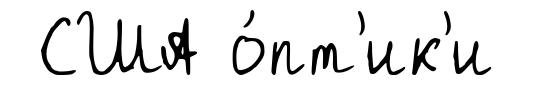
США о́пт'ик'и